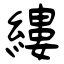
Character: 縷